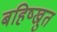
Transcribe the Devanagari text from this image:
बहिष्ख्रुत